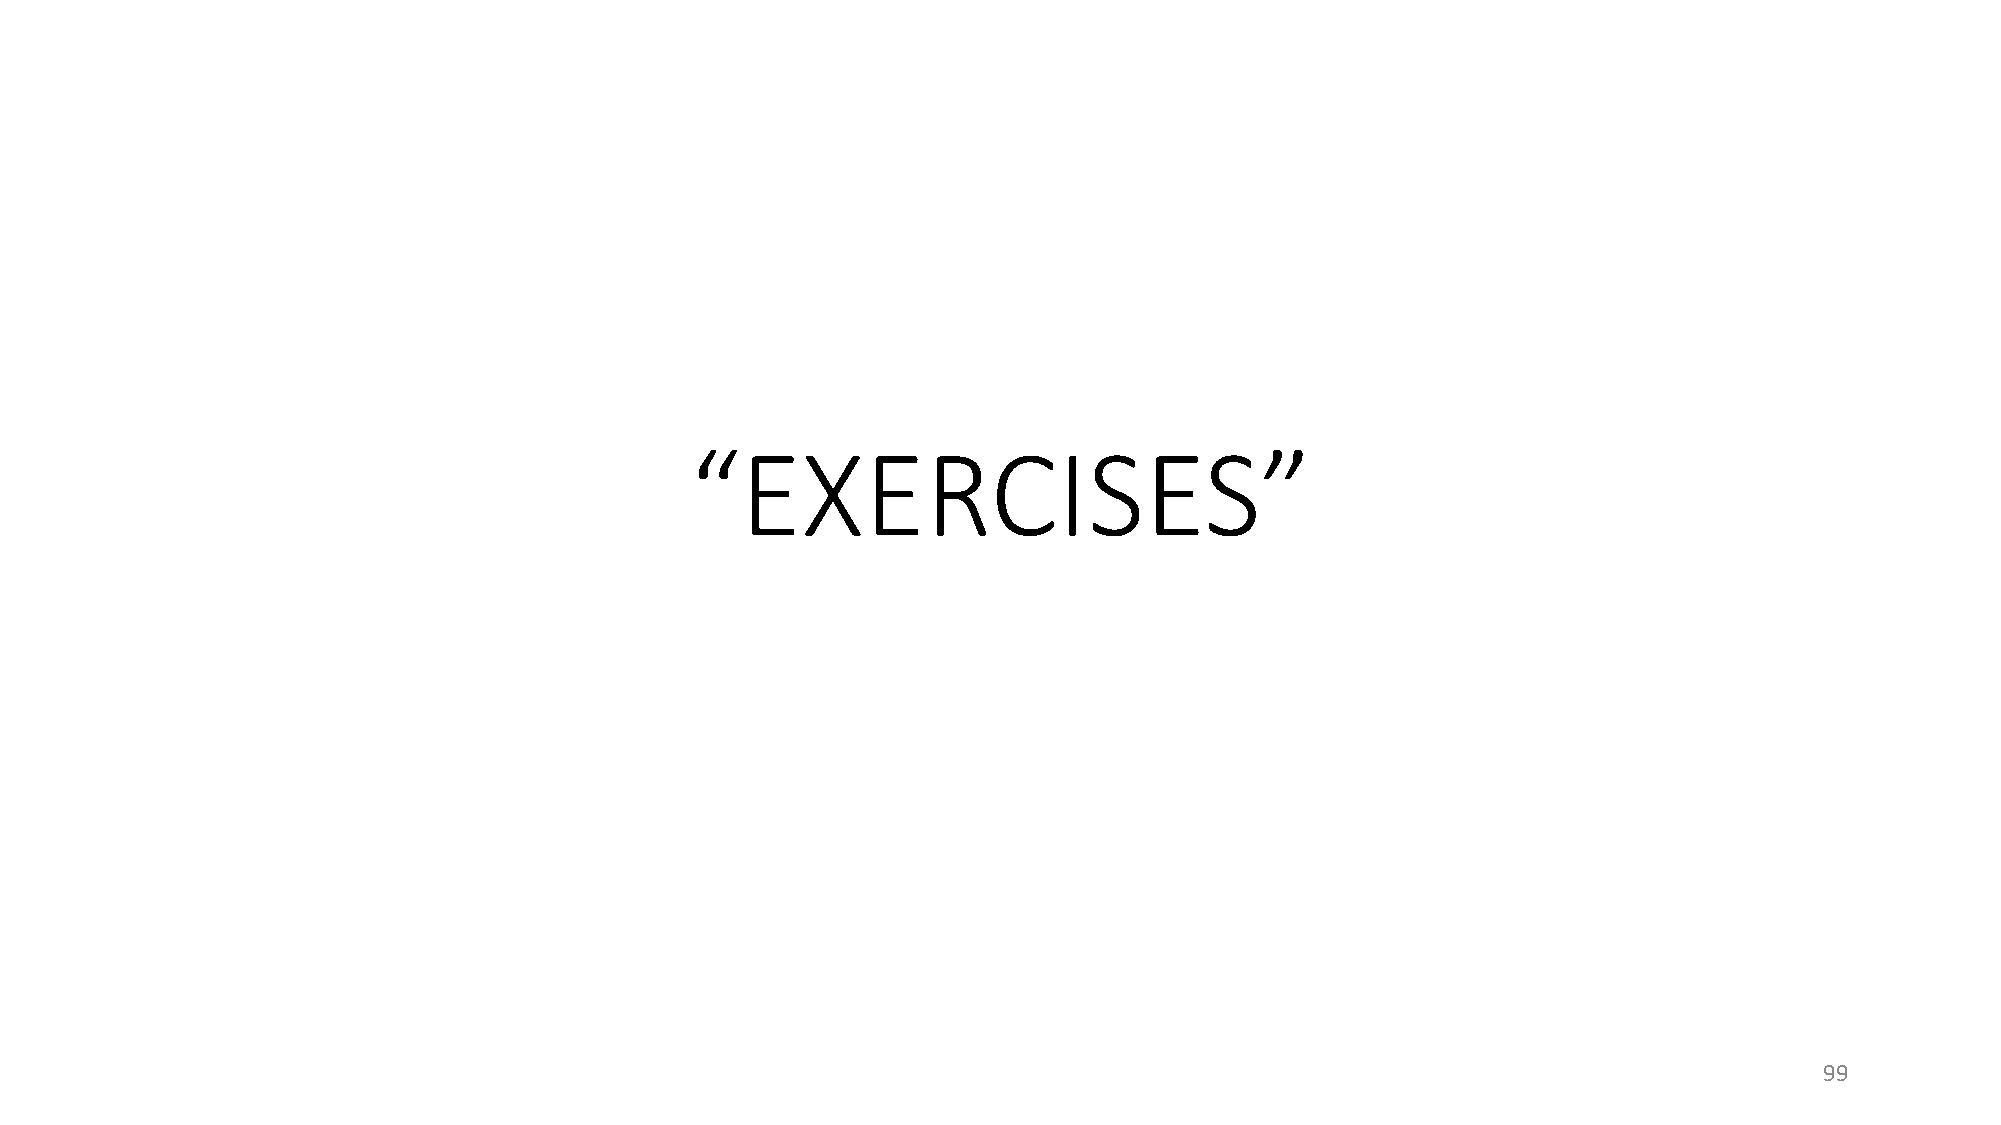
EXERCISES
 “                                    ”
 99